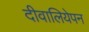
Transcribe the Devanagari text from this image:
दीवालियेपन